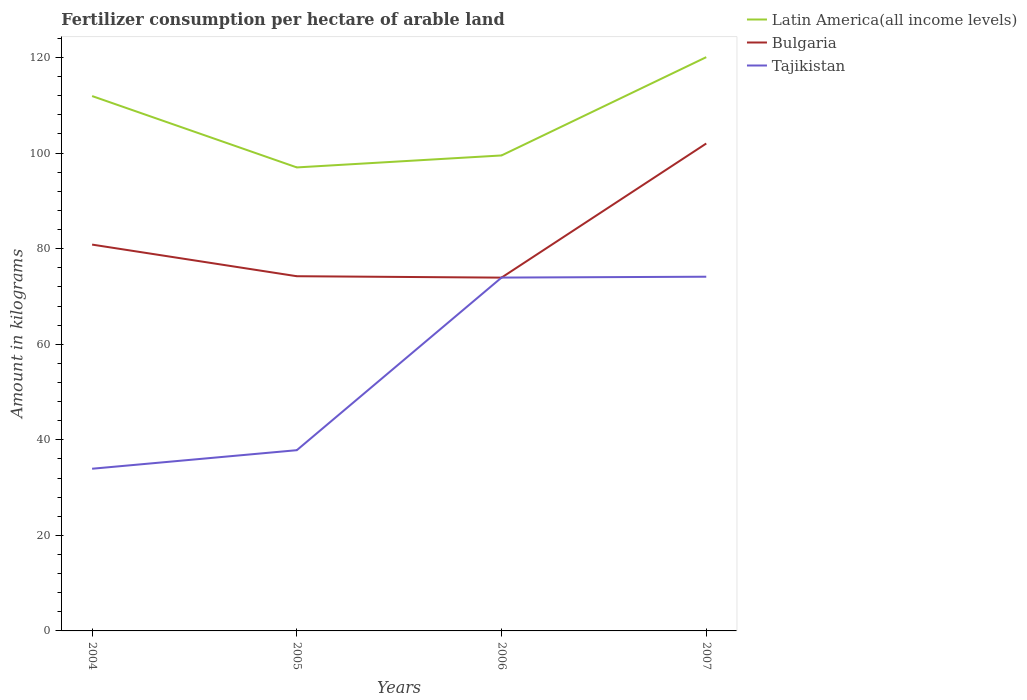
| Years | Latin America(all income levels) | Bulgaria | Tajikistan |
 | --- | --- | --- | --- |
 | 2004 | 112 | 80.9 | 33.9 |
 | 2005 | 97 | 74.2 | 37.8 |
 | 2006 | 99.5 | 73.9 | 73.9 |
 | 2007 | 120 | 102 | 74.1 |